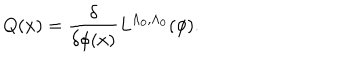
Q ( x ) = \frac { \delta } { \delta \phi ( x ) } L ^ { \Lambda _ { 0 } , \Lambda _ { 0 } } ( \phi ) .